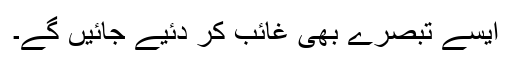
ایسے تبصرے بھی غائب کر دئیے جائیں گے۔